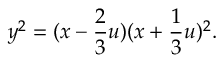
y ^ { 2 } = ( x - \frac { 2 } { 3 } u ) ( x + \frac { 1 } { 3 } u ) ^ { 2 } .